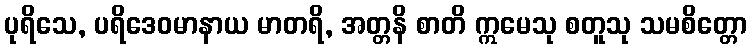
ပုရိသေ, ပရိဒေဝမာနာယ မာတရိ, အတ္တနိ စာတိ ဣမေသု စတူသု သမစိတ္တော